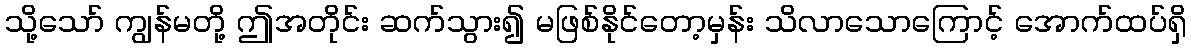
သို့သော် ကျွန်မတို့ ဤအတိုင်း ဆက်သွား၍ မဖြစ်နိုင်တော့မှန်း သိလာသောကြောင့် အောက်ထပ်ရှိ